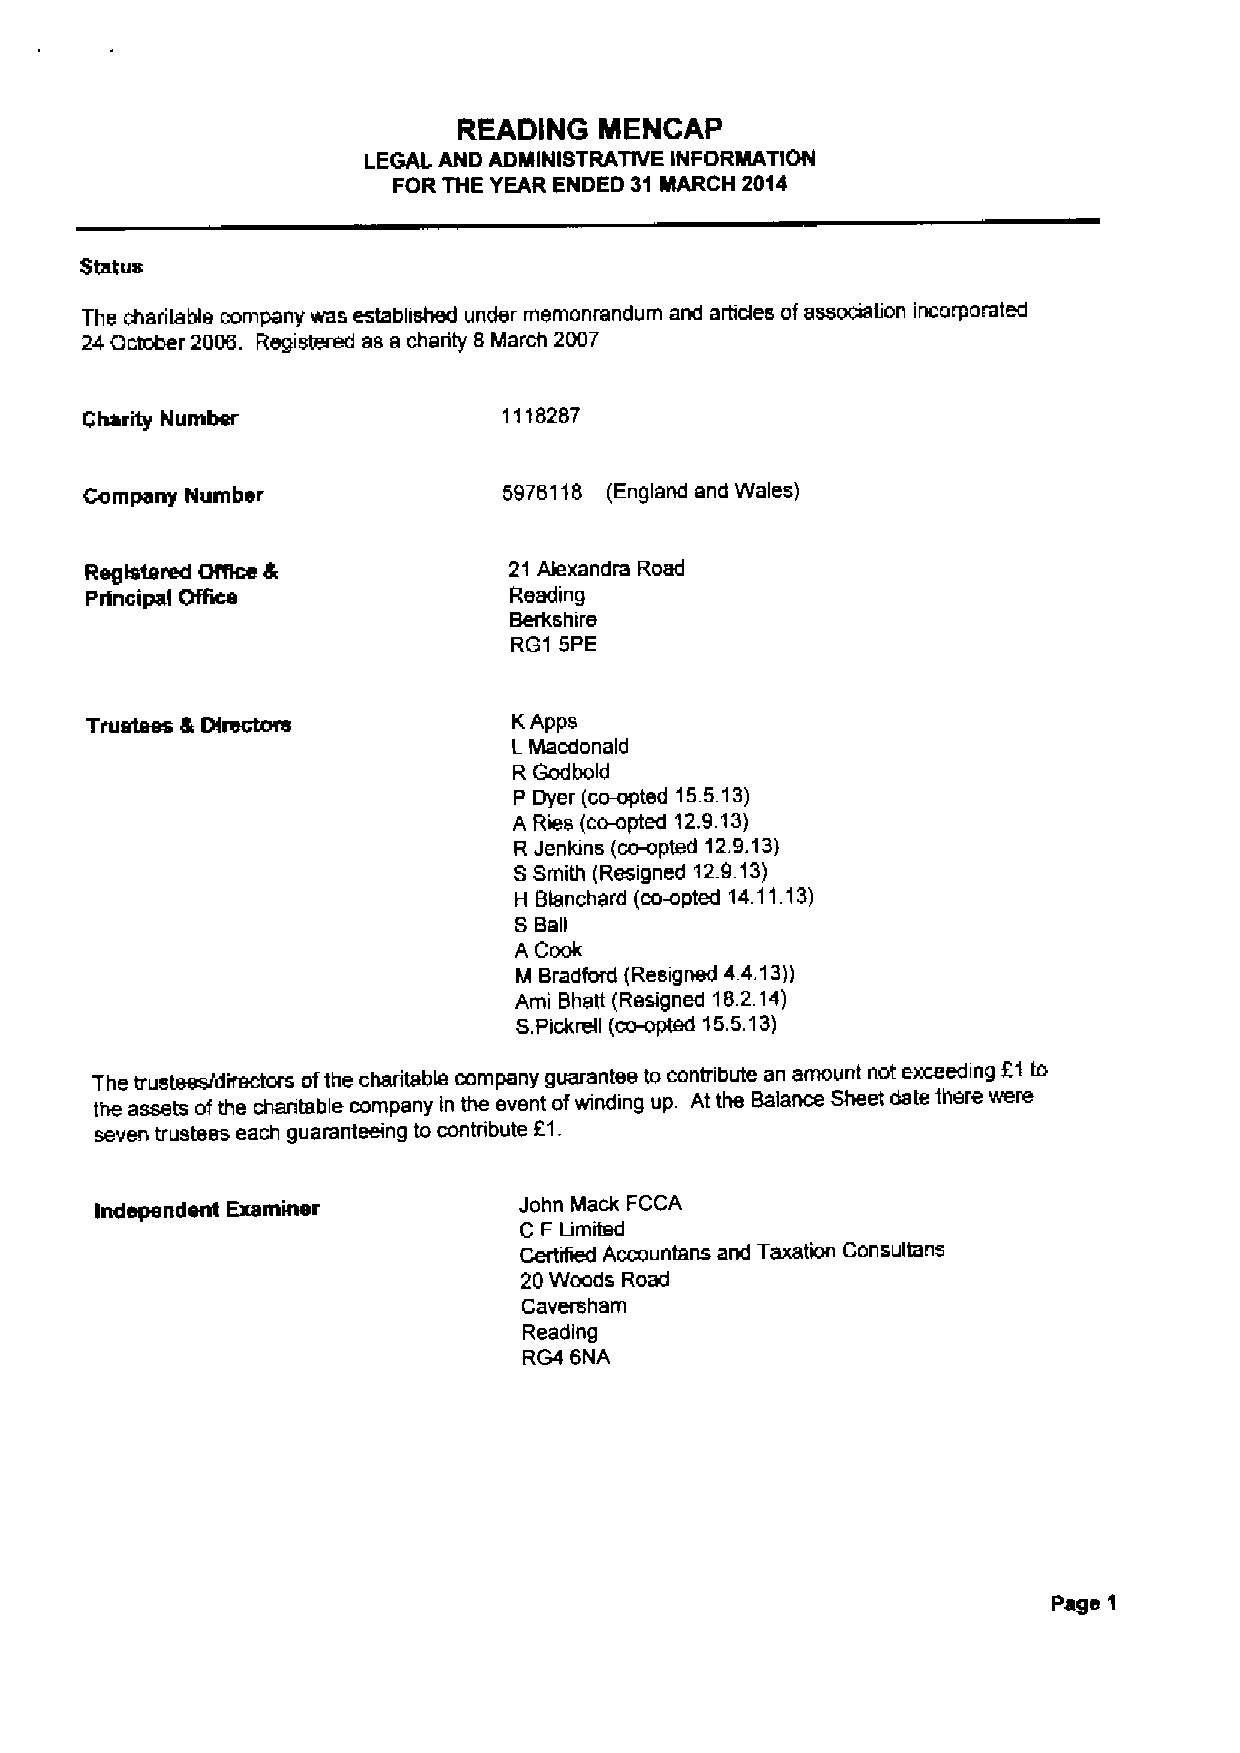
READING   MENCAP
 LEGAL AND ADMINISTRATIVE INFORMATION
 FOR THE YEAR ENDED 31 MARCH 2014
 Status
 The charitable company was established under memonrandurn and artides ofassociation incorporated
 24 October 2006. Registered as a charity 8 March 2007
 Charity Number              1118287
 Company Number             5976118 (England and Wales)
 Registered ONce 8           21 Alexandra Road
 Principal Office            Reading
 Berkshire
 RG1 5PE
 KApps
 LMacdonald
 R Godboid
 P Dyer (co-opted 155.13)
 A Ries (coopted 12.9.13)
 R Jenkins (coopted 12.9.13)
 SSmith (Resigned 12.9.13)
 H Bkiinchard (co-opted 14.11.13)
 SBall
 A Cook
 M Bradford (Resigned 4.4.13))
 Arni Bhatt (Resigned 18.2.14)
 S.Pickrail (co-opted 15.5.13)
 The trustees/directors ofthe charitable company guarantee to contribute an amount not exceeding 91to
 the assets ofthe charitable company ln the event ofwinding up. At the Balance Sheet date there were
 seven trustees each guaranteeing to contribute E1.
 Independent Examiner        John Mack FCCA
 C F Limited
 Certified Accountans and Taxation Consultans
 20Woods Road
 Caversham
 Reading
 RG4 6NA
 Page 1